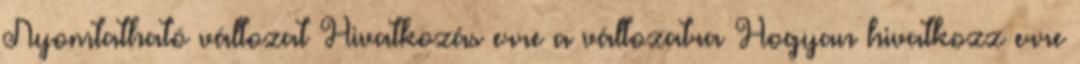
Nyomtatható változat Hivatkozás erre a változatra Hogyan hivatkozz erre